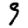
Digit: 9